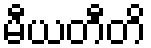
မီယတီတိ